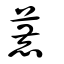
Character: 蔍